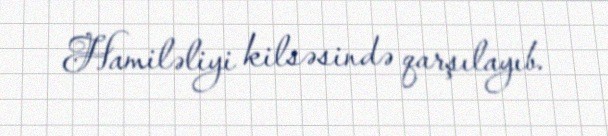
Hamiləliyi kilsəsində qarşılayıb.